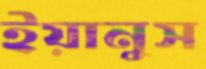
ইয়ানুস